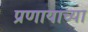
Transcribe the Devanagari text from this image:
प्रणायाच्या